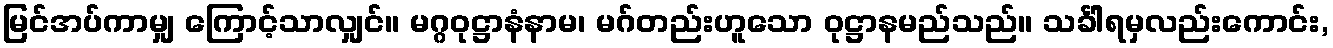
မြင်အပ်ကာမျှ ကြောင့်သာလျှင်။ မဂ္ဂဝုဋ္ဌာနံနာမ၊ မဂ်တည်းဟူသော ဝုဋ္ဌာနမည်သည်။ သင်္ခါရမှလည်းကောင်း,